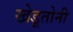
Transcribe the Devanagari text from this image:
खेडूतोनी